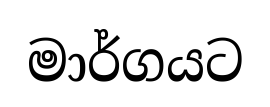
මාර්ගයට